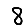
Digit: 8